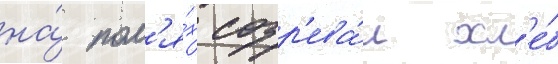
на́ пол'я́х созр'ева́л хл'е́б